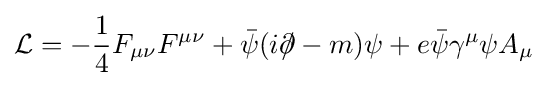
{\mathcal {L}}=-{\frac {1}{4}}F_{\mu \nu }F^{\mu \nu }+{\bar {\psi }}(i\partial \!\!\!/-m)\psi +e{\bar {\psi }}\gamma ^{\mu }\psi A_{\mu }